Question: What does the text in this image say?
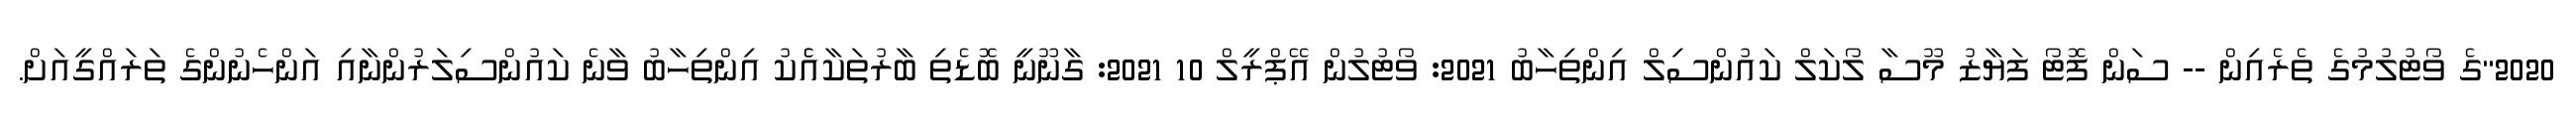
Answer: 2020"ގެ ވޯޓުލުމުގެ ތެރެއިން -- ސަން ފޮޓޯ ފަޔާޒު މޫސާ ލޯކަލް ކައުންސިލް އިންތިހާބު 2021: ވޯޓުލުން އޭޕްރީލް 10 2021: ގާނޫނީ ބޮޑެތި ބާރުތަކާއެެކު އިންތިހާބު ވާނެ ކައުންސިލަރުންނާއި އަންހެނުންގެ ތަރައްގީއަށް.